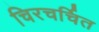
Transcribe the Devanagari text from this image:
चिरचर्चित